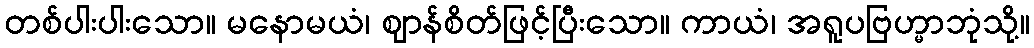
တစ်ပါးပါးသော။ မနောမယံ၊ ဈာန်စိတ်ဖြင့်ပြီးသော။ ကာယံ၊ အရူပဗြဟ္မာဘုံသို့။